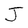
Character: J